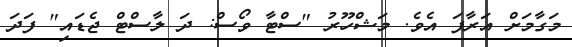
މަގާމަށް އަރާފަ އެވެ. މަޝްހޫރު "ސްޓާ ވޯސް: ދަ ލާސްޓް ޖެޑައި" ފަދަ